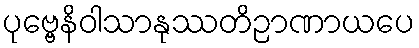
ပုဗ္ဗေနိဝါသာနုဿတိဉာဏာယပေ